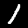
Label: 1